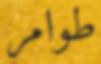
طوامر